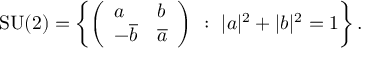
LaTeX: { \mathrm { S U } } ( 2 ) = \left\{ { \left( \begin{array} { l l } { a } & { b } \\ { - { \overline { { b } } } } & { { \overline { { a } } } } \end{array} \right) } \ : \ | a | ^ { 2 } + | b | ^ { 2 } = 1 \right\} .